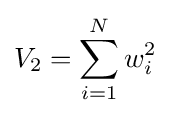
V_{2}=\sum _{i=1}^{N}w_{i}^{2}